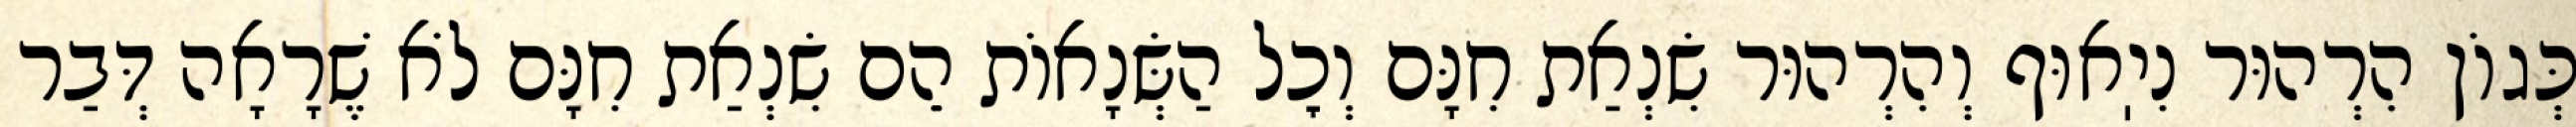
כְּגוֹן הִרְהוּר נִיֽאוּף וְהִרְהוּר שִׂנְאַת חִנָּם וְכׇל הַשְּׂנָאוֹת הֵם שִׂנְאַת חִנָּם לֹא שֶׁרָאָה דְּבַר